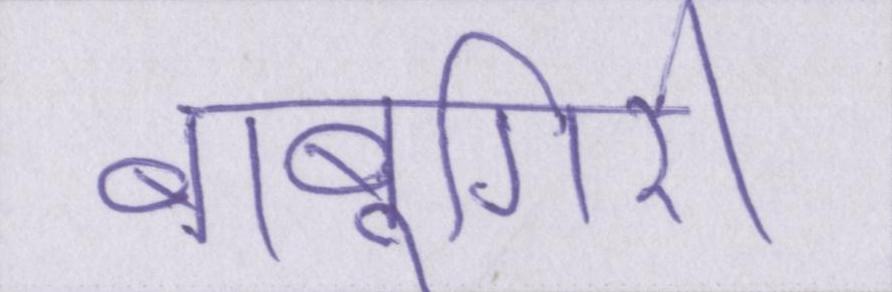
बाबूगिरी